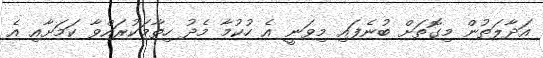
އަދާލަތުން މިގޮތަށް ބުނެފައި މިވަނީ އެ ހުކުމާ މެދު ހިތާމަކުރައްވާ ކަމަށާއި އެ